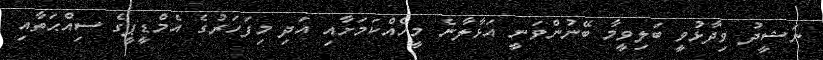
ނަޝީދު ވިދާޅުވީ ބަލިވީމާ ބޭނުންވަނީ އަޅާލާނެ މީހެއްކަމަށާއި އަދި މިފަހަރުގެ އެމްޑީޕީގެ ސިއްޙަތާއި